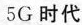
5G时代